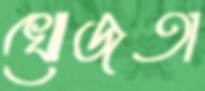
খোজতা